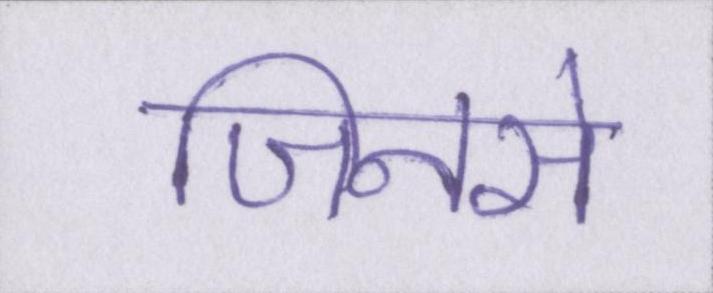
जिनसे